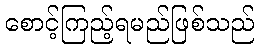
စောင့်ကြည့်ရမည်ဖြစ်သည်